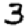
Digit: 3